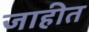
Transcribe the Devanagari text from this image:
जाहीत